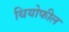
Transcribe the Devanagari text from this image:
थियोफील